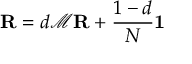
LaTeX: \mathbf { R } = d { \mathcal { M } } \mathbf { R } + { \frac { 1 - d } { N } } \mathbf { 1 }